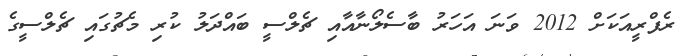
ރެފްރީއަކަށް 2012 ވަނަ އަހަރު ބާސެލޯނާއާއި ޗެލްސީ ބައްދަލު ކުރި މެޗުގައި ޗެލްސީގެ